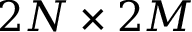
2 N \times 2 M